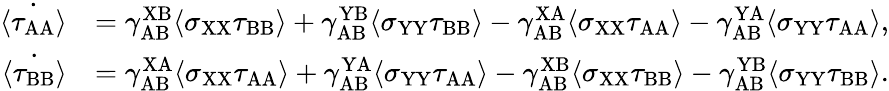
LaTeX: \begin{array}{rl}{\dot{\langle\tau_{\mathrm{AA}}\rangle}}&{=\gamma_{\mathrm{AB}}^{\mathrm{XB}}\langle\sigma_{\mathrm{XX}}\tau_{\mathrm{BB}}\rangle+\gamma_{\mathrm{AB}}^{\mathrm{YB}}\langle\sigma_{\mathrm{YY}}\tau_{\mathrm{BB}}\rangle-\gamma_{\mathrm{AB}}^{\mathrm{XA}}\langle\sigma_{\mathrm{XX}}\tau_{\mathrm{AA}}\rangle-\gamma_{\mathrm{AB}}^{\mathrm{YA}}\langle\sigma_{\mathrm{YY}}\tau_{\mathrm{AA}}\rangle,}\\ {\dot{\langle\tau_{\mathrm{BB}}\rangle}}&{=\gamma_{\mathrm{AB}}^{\mathrm{XA}}\langle\sigma_{\mathrm{XX}}\tau_{\mathrm{AA}}\rangle+\gamma_{\mathrm{AB}}^{\mathrm{YA}}\langle\sigma_{\mathrm{YY}}\tau_{\mathrm{AA}}\rangle-\gamma_{\mathrm{AB}}^{\mathrm{XB}}\langle\sigma_{\mathrm{XX}}\tau_{\mathrm{BB}}\rangle-\gamma_{\mathrm{AB}}^{\mathrm{YB}}\langle\sigma_{\mathrm{YY}}\tau_{\mathrm{BB}}\rangle.}\end{array}